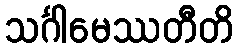
သင်္ဂါမေဿတီတိ